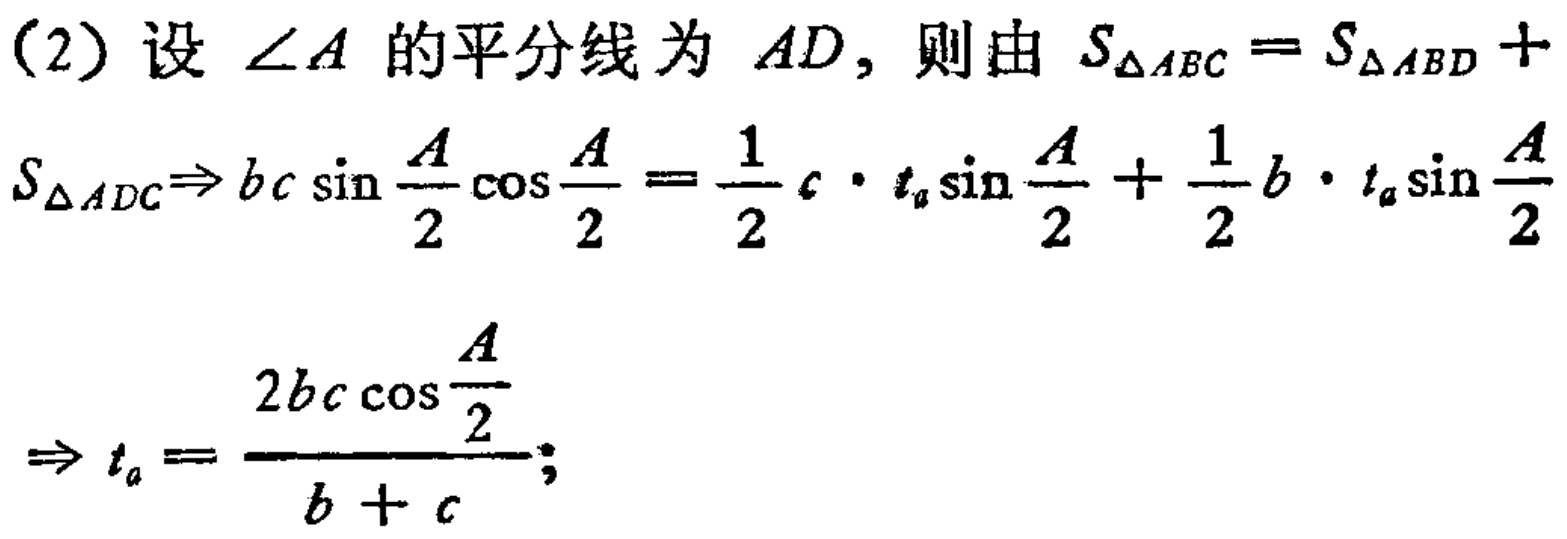
（2）设$\angle A$的平分线为$AD$，则由$S_{\triangle ABC}=S_{\triangle ABD}+S_{\triangle ADC}\Rightarrow bc\sin\frac{A}{2}\cos\frac{A}{2}=\frac{1}{2}c\cdot t_{a}\sin\frac{A}{2}+\frac{1}{2}b\cdot t_{a}\sin\frac{A}{2}$
$\Rightarrow t_{a}=\frac{2bc\cos\frac{A}{2}}{b + c};$